Report of the Indian Hemp Drugs Commission, 1894-1895 - Volume IV
Year: 1894
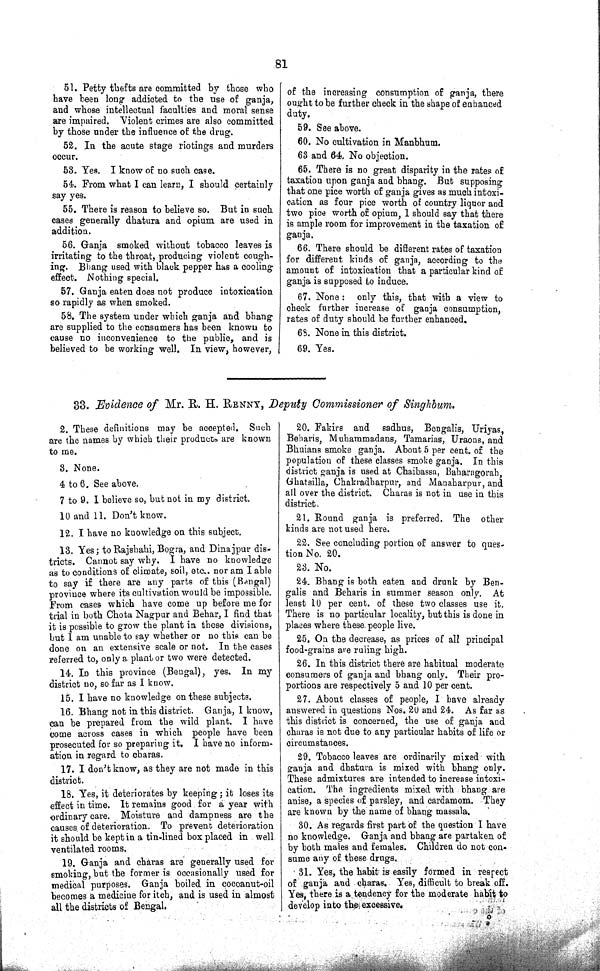
81
51. Petty thefts are committed by those who
have been long addicted to the use of ganja,
and whose intellectual faculties and moral sense
are impaired. Violent crimes are also committed
by those under the influence of the drug.
52. In the acute stage riotings and murders
occur.
53. Yes. I know of no such case.
54. From what I can learn, I should certainly
say yes.
55. There is reason to believe so. But in such
cases generally dhatura and opium are used in
addition.
56. Ganja smoked without tobacco leaves is
irritating to the throat, producing violent cough¬
ing. Bhang used with black pepper has a cooling
effect. Nothing special.
57. Ganja eaten does not produce intoxication
so rapidly as when smoked.
58. The system under which ganja and bhang
are supplied to the consumers has been known to
cause no inconvenience to the public, and is
believed to be working well. In view, however,
of the increasing consumption of ganja, there
ought to be further check in the shape of enhanced
duty.
59. See above.
60. No cultivation in Manbhum.
63 and 64. No objection.
65. There is no great disparity in the rates of
taxation upon ganja and bhang. But supposing
that one pice worth of ganja gives as much intoxi¬
cation as four pice worth of country liquor and
two pice worth of opium, I should say that there
is ample room for improvement in the taxation of
ganja.
66. There should be different rates of taxation
for different kinds of ganja, according to the
amount of intoxication that a particular kind of
ganja is supposed to induce.
67. None: only this, that with a view to
check further increase of ganja consumption,
rates of duty should be further enhanced.
68. None in this district.
69. Yes.
33. Evidence of Mr. R. H. RENNY, Deputy Commissioner of Singhbum.
2. These definitions may be accepted. Such
are the names by which their products are known
to me.
3. None.
4 to 6. See above.
7 to 9. I believe so, but not in my district.
10 and 11. Don't know.
12. I have no knowledge on this subject.
13. Yes; to Rajshahi, Bogra, and Dinajpur dis¬
tricts. Cannot say why. I have no knowledge
as to conditions of climate, soil, etc., nor am I able
to say if there are any parts of this (Bengal)
province where its cultivation would be impossible.
From cases which have come up before me for
trial in both Chota Nagpur and Behar, I find that
it is possible to grow the plant in these divisions,
but I am unable to say whether or no this can be
done on an extensive scale or not. In the cases
referred to, only a plant or two were detected.
14. In this province (Bengal), yes. In my
district no, so far as I know.
15. I have no knowledge on these subjects.
16. Bhang not in this district. Ganja, I know,
can be prepared from the wild plant. I have
come across cases in which people have been
prosecuted for so preparing it. I have no inform¬
ation in regard to charas.
17. I don't know, as they are not made in this
district.
18. Yes, it deteriorates by keeping; it loses its
effect in time. It remains good for a year with
ordinary care. Moisture and dampness are the
causes of deterioration. To prevent deterioration
it should be kept in a tin-lined box placed in well
ventilated rooms.
19. Ganja and charas are generally used for
smoking, but the former is occasionally used for
medical purposes. Ganja boiled in cocoanut-oil
becomes a medicine for itch, and is used in almost
all the districts of Bengal.
20. Fakirs and sadhus, Bengalis, Uriyas,
Beharis, Muhammadans, Tamarias, Uraons, and
Bhuians smoke ganja. About 5 per cent. of the
population of these classes smoke ganja. In this
district ganja is used at Chaibassa, Baharagorah,
Ghatsilla, Chakradharpur, and Manaharpur, and
all over the district. Charas is not in use in this
district.
21. Round ganja is preferred. The other
kinds are not used here.
22. See concluding portion of answer to ques¬
tion No. 20.
23. No.
24. Bhang is both eaten and drunk by Ben¬
galis and Beharis in summer season only. At
least 10 per cent. of these two classes use it.
There is no particular locality, but this is done in
places where these people live.
25. On the decrease, as prices of all principal
food-grains are ruling high.
26. In this district there are habitual moderate
consumers of ganja and bhang only. Their pro¬
portions are respectively 5 and 10 per cent.
27. About classes of people, I have already
answered in questions Nos. 20 and 24. As far as
this district is concerned, the use of ganja and
charas is not due to any particular habits of life or
circumstances.
29. Tobacco leaves are ordinarily mixed with
ganja and dhatura is mixed with bhang only.
These admixtures are intended to increase intoxi-
cation. The ingredients mixed with bhang are
anise, a species of parsley, and cardamom. They
are known by the name of bhang massala.
30. As regards first part of the question I have
no knowledge. Ganja and bhang are partaken of
by both males and females. Children do not con¬
sume any of these
drugs.
31. Yes, the habit is easily formed in respect
of ganja and charas. Yes, difficult to break off.
Yes, there is a tendency for the moderate habit to
develop into the excessive.
o